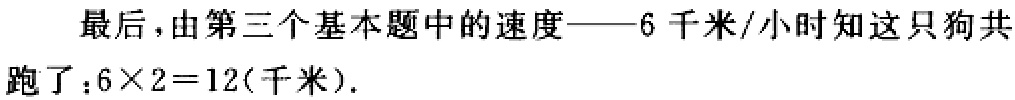
最后，由第三个基本题中的速度——6 千米/小时知这只狗共跑了：\(6\times2 = 12\)(千米).